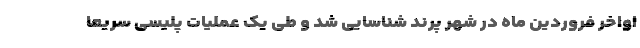
اواخر فروردین ماه در شهر پرند شناسایی شد و طی یک عملیات پلیسی سریعاً